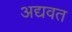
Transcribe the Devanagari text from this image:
अद्यवत